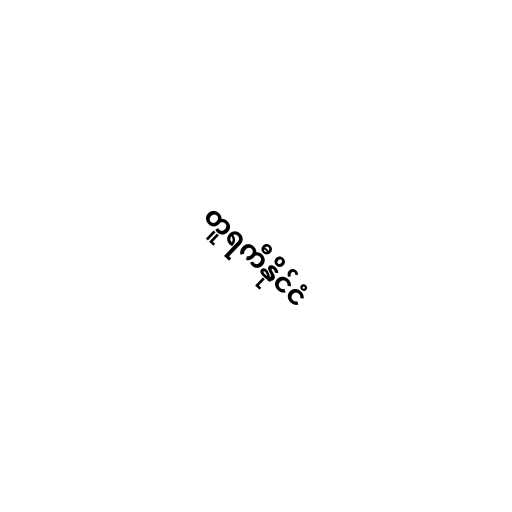
တူရကီနိုင်ငံ